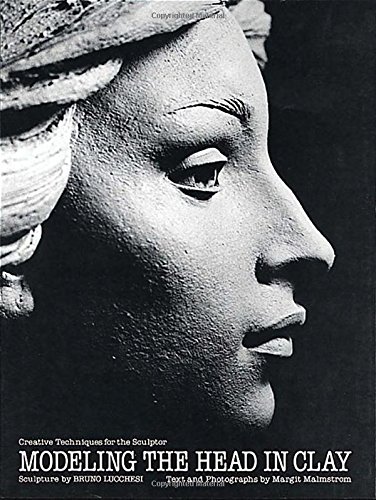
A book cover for Modeling the Head in Clay; Bruno Lucchesi; Arts & Photography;